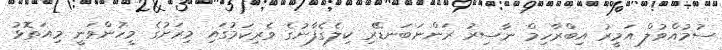
ސުމުއްވުލް އަމީރު އިބްރާހިމް ނާސިރު ރަންނަބަނޑޭރި ކިލެގެފާނުގެ ވެރިކަމުގައި މިރަށުގެ މީހުންވަނީ މިއަތޮޅު